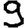
Digit: 9